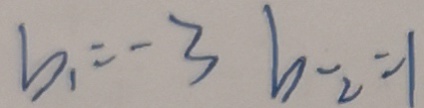
b _ { 1 } = - 3 b _ { - 2 } = 1